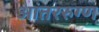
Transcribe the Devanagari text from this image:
आंतररुग्ण